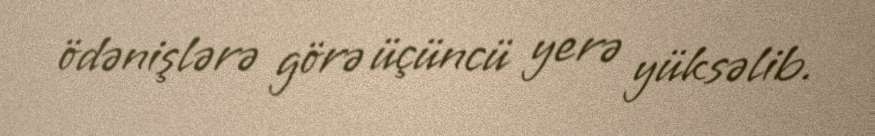
ödənişlərə görə üçüncü yerə yüksəlib.